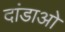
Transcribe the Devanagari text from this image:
दांडाओ